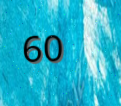
60